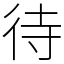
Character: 待